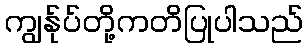
ကျွန်ုပ်တို့ကတိပြုပါသည်